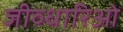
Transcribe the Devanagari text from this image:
जीव्धारिओं